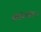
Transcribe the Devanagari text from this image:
स्कॆंडिनेव्हीयन